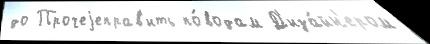
до Прочеjеправ'ить по́водам Д'иза́йн'ером